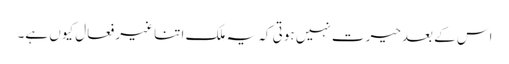
اس کے بعدحیرت نہیں ہوتی کہ یہ ملک اتنا غیر فعال کیوں ہے۔